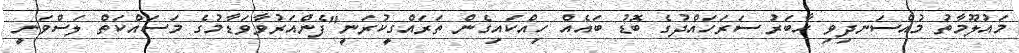
މައުލޫމާތު މުއްސަނދިވި ހާބަރު ސަރަހައްދުގެ ބޮޑު ބައެއް ހިއްކައިގެން ތަރައްގީކުރަނީ"ފެންއަރުވާވަޑާމުގެ މަސައްކަތް ލަސްވަނީ